Annual administration and progress report of the Indian Medical Department, Bombay
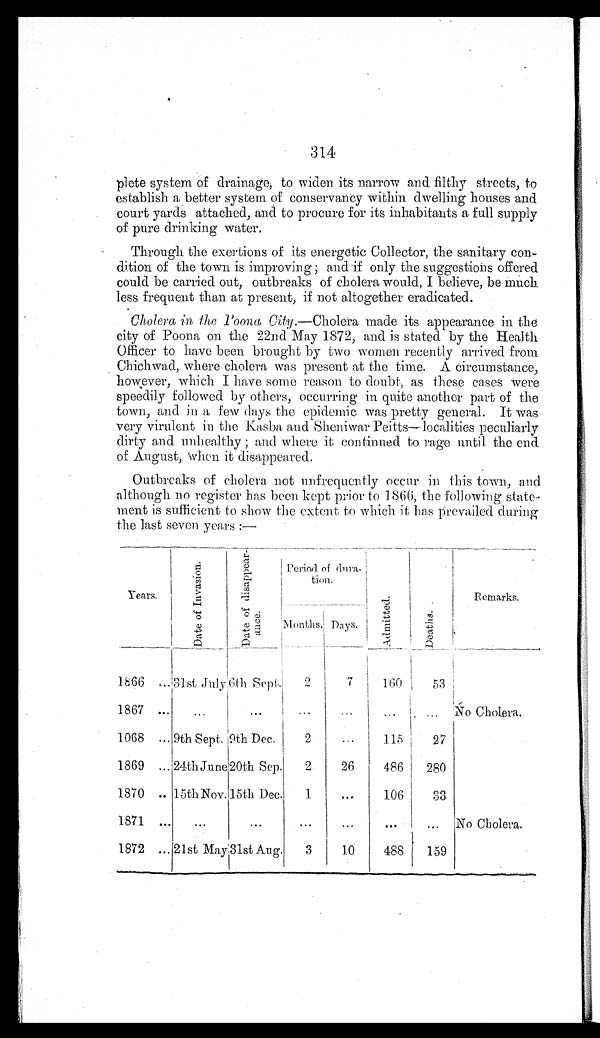
314
plete system of drainage, to widen its narrow and filthy streets, to
establish a better system of conservancy within dwelling houses and
court yards attached, and to procure for its inhabitants a full supply
of pure drinking water.
Through the exertions of its energetic Collector, the sanitary con-
dition of the town is improving; and if only the suggestions offered
could be carried out, outbreaks of cholera would, I believe, be much
less frequent than at present, if not altogether eradicated.
Cholera in the Poona City .—Cholera made its appearance in the
city of Poona on the 22nd May 1872, and is stated by the Health
Officer to have been brought by two women recently arrived from
Chichwad, where cholera was present at the time. A circumstance,
however, which I have some reason to doubt, as these cases were
speedily followed by others, occurring in quite another part of the
town, and in a few days the epidemic was pretty general. It was
very virulent in the Kasba and Sheniwar Paitts—localities peculiarly
dirty and unhealthy ; and where it continued to rage until the end
of August, when it disappeared.
Outbreaks of cholera not unfrequently occur in this town, and
although no register has been kept prior to 1866, the following
s t a t e - m e n t i s s u f f i c i e n t t o s h o w t h e e x t e n t t o w h i c h i t h a s p r e v a i l e d d u r i n g
the last seven years :—
Years.
Dat e
of
I nvas i on.
Date of
d i s a p p e a r - a n c e .
Period of dura-
tion.
Admi t t e d.
De a t h s .
Remarks.
.
Months. Days.
1 8 6 6
3 1 J u l y
6 t h S e p t .
2
7
160
53
1867 ...
...
...
...
. . .
...
... No Cholera.
1068 ... 9th Sept. 9th Dec.
2
. . .
115
27
1869 ...
2 4 t h J u n e 20th Sep.
2
26
486
280
1870 ..
1 5 t h N o v .
1 5 t h D e c .
1
...
106
33
1871 ...
...
...
...
...
... No Cholera.
1872 ...
2 1 s t M a y 31st Aug.
3
10
488
159